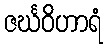
ဇင်္ဃဝိဟာရံ